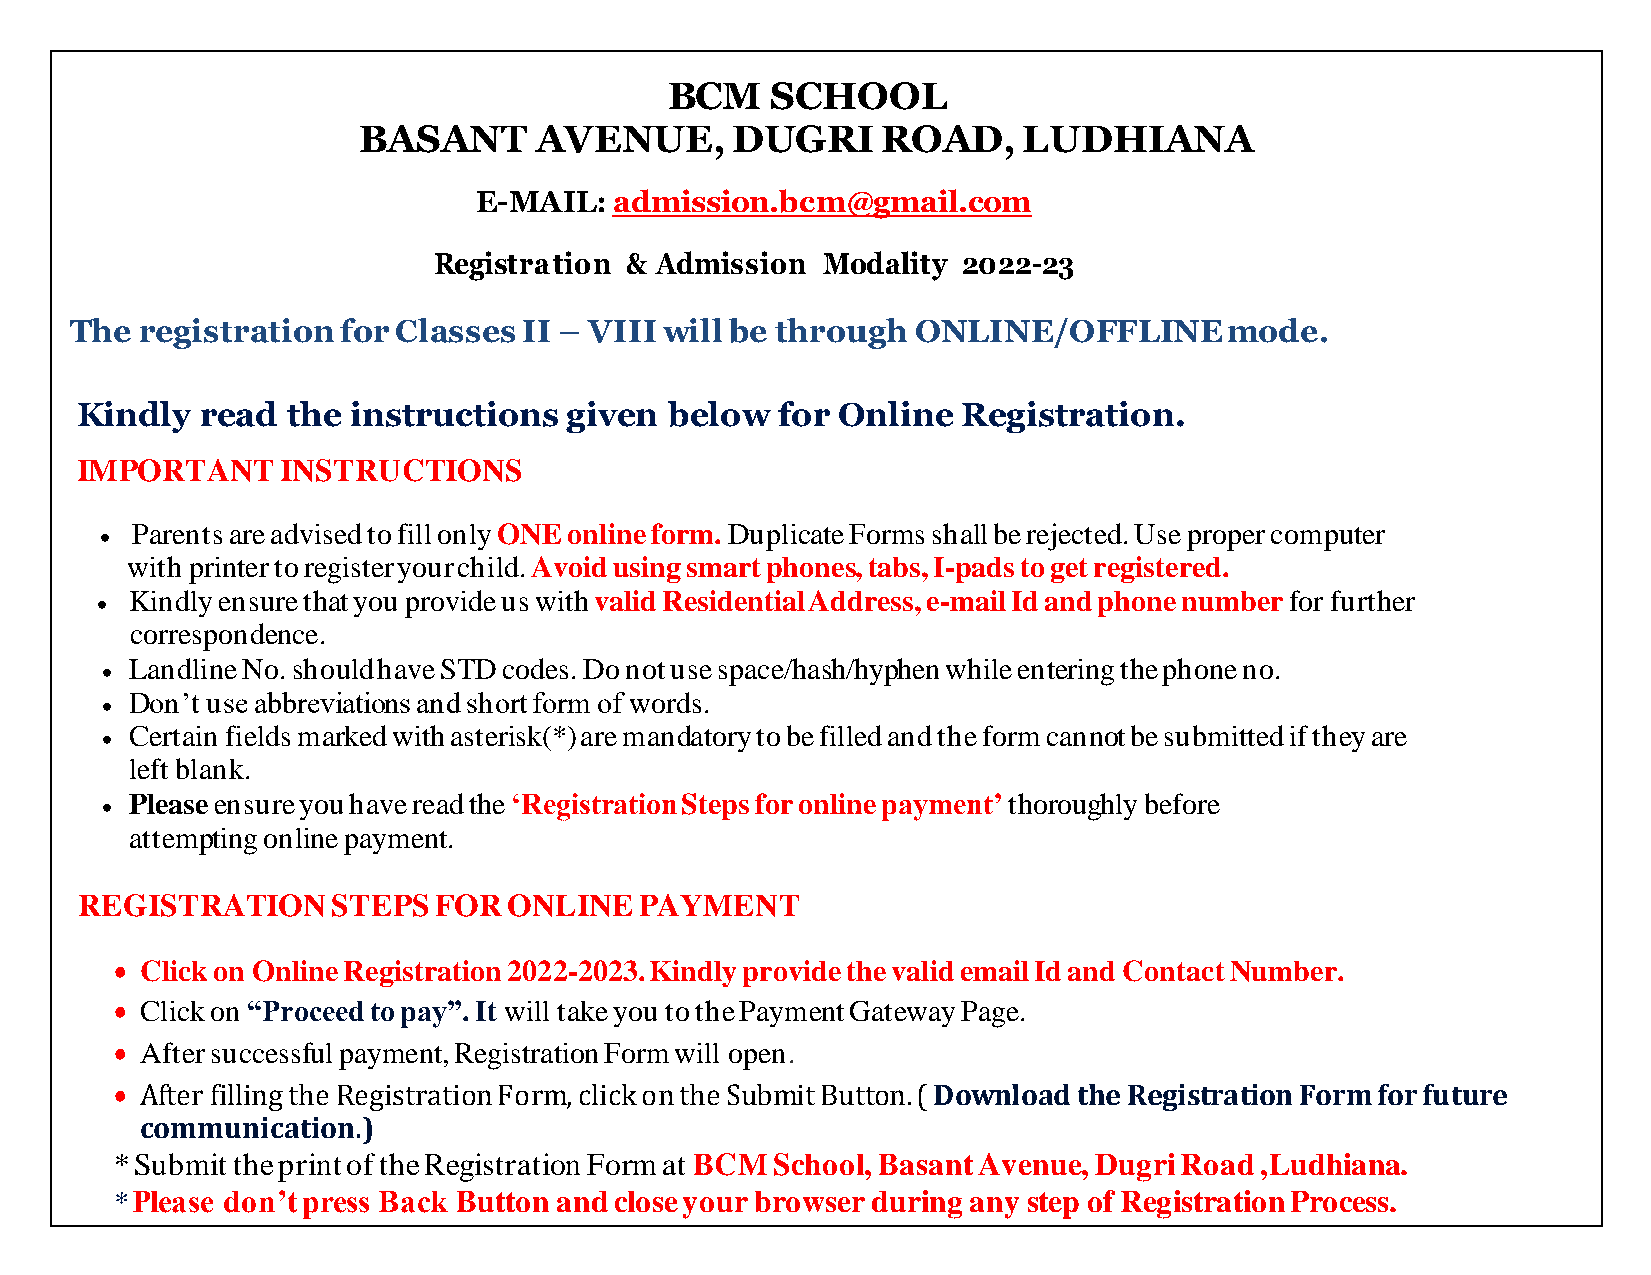
BCM    SCHOOL
 BASANT     AVENUE,      DUGRI     ROAD,     LUDHIANA
 E-MAIL:   admission.bcm@gmail.com
 Registration & Admission Modality  2022-23
 The registration  for Classes II – VIII will be through ONLINE/OFFLINE      mode.
 Kindly  read  the instructions   given below   for Online  Registration.
 IMPORTANT     INSTRUCTIONS
 •
 Parents are advised to fill only ONE online form. Duplicate Forms shall be rejected. Use proper computer
 with printer to register your child. Avoid using smart phones, tabs, I-pads to get registered.
 Kindly ensure that you provide us with valid Residential Address, e-mail Id and phone number for further
 •
 correspondence.
 Landline No. should have STD codes. Do not use space/hash/hyphen while entering the phone no.
 •
 Don’t use abbreviations and short form of words.
 •
 Certain fields marked with asterisk(*) are mandatory to be filled and the form cannot be submitted if they are
 •
 left blank.
 Please ensure you have read the ‘Registration Steps for online payment’ thoroughly before
 •
 attempting online payment.
 REGISTRATION     STEPS  FOR  ONLINE  PAYMENT
 • Click on Online Registration 2022-2023. Kindly provide the valid email Id and Contact Number.
 • Click on “Proceed to pay”. It will take you to the Payment Gateway Page.
 • After successful payment, Registration Form will open.
 • After filling the Registration Form, click on the Submit Button. (Download the Registration Form for future
 communication.)
 * Submit the print of the Registration Form at BCM School, Basant Avenue, Dugri Road ,Ludhiana.
 * Please don’t press Back Button and close your browser during any step of Registration Process.